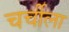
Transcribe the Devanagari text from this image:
चर्चीला